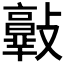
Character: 𣀦